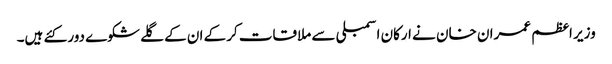
وزیر اعظم عمران خان نے ارکان اسمبلی سے ملاقات کرکے ان کے گلے شکوے دور کئے ہیں۔